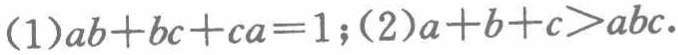
(1)\(ab + bc + ca = 1\);(2)\(a + b + c>abc\)